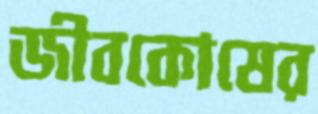
জীবকোষের